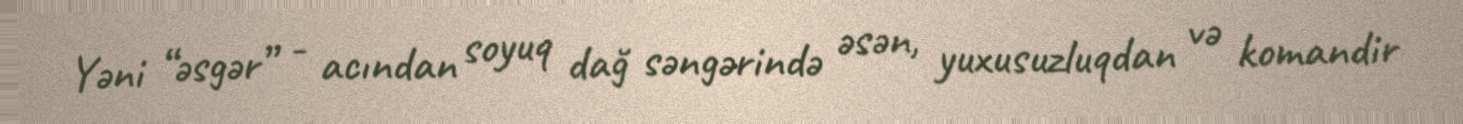
Yəni “əsgər” - acından soyuq dağ səngərində əsən, yuxusuzluqdan və komandir